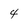
Character: 4